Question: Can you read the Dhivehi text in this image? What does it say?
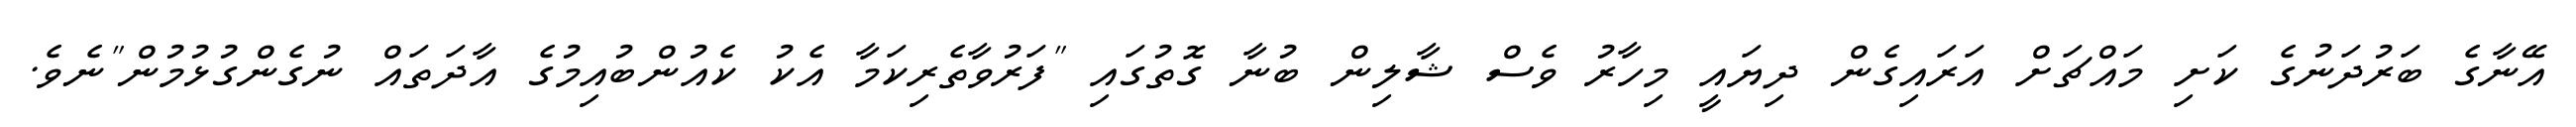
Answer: އޭނާގެ ބަރުދަނުގެ ކަށި މައްޗަށް އަރައިގެން ދިޔައީ މިހާރު ވެސް ޝާލިން ބުނާ ގޮތުގައި "ފަރުވާތެރިކަމާ އެކު ކެއުންބުއިމުގެ އާދަތައް ނުގެންގުޅުމުން"ނެވެ.